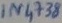
Text: IN4738